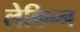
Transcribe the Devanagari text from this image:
लेकिन्न